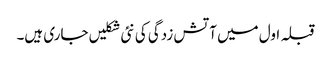
قبلہ اول میں آتش زدگی کی نئی شکلیں جاری ہیں۔